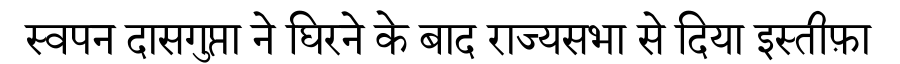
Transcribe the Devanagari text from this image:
स्वपन दासगुप्ता ने घिरने के बाद राज्यसभा से दिया इस्तीफ़ा